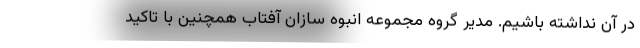
در آن نداشته باشيم. مدیر گروه مجموعه انبوه سازان آفتاب همچنین با تاکید